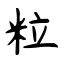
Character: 粒